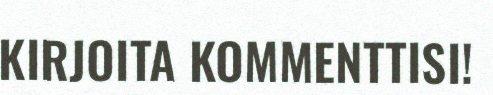
KIRJOITA KOMMENTTISI!